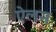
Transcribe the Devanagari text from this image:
एेलन